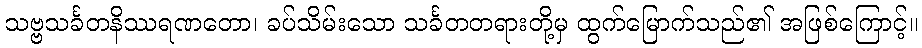
သဗ္ဗသင်္ခတနိဿရဏတော၊ ခပ်သိမ်းသော သင်္ခတတရားတို့မှ ထွက်မြောက်သည်၏ အဖြစ်ကြောင့်။